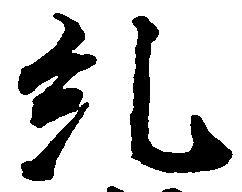
糺